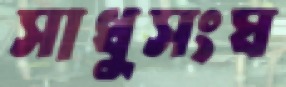
সাধুসংঘ